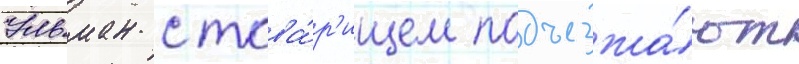
Ульман с това́р'ищем подъезжа́ют